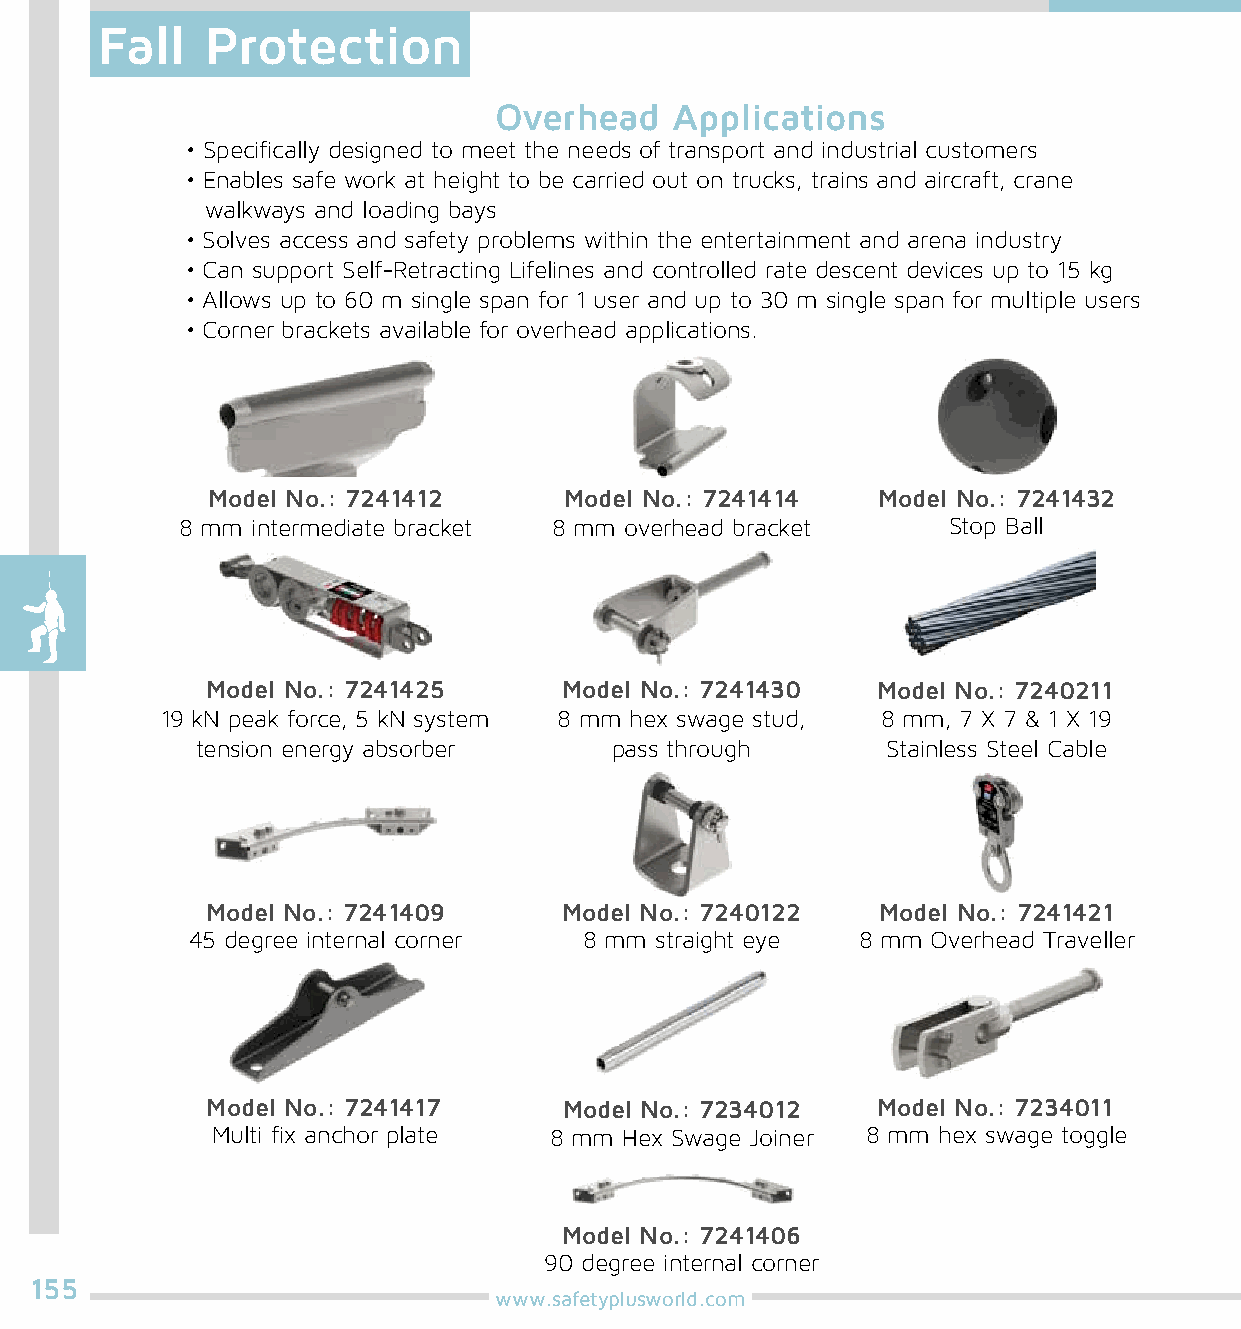
Fall    Protection
 Overhead    Applications
 • Specifically designed to meet the needs of transport and industrial customers
 • Enables safe work at height to be carried out on trucks, trains and aircraft, crane
 walkways and loading bays
 • Solves access and safety problems within the entertainment and arena industry
 • Can support Self-Retracting Lifelines and controlled rate descent devices up to 15 kg
 • Allows up to 60 m single span for 1 user and up to 30 m single span for multiple users
 • Corner brackets available for overhead applications.
 Model No.: 7241412     Model No.: 7241414   Model No.: 7241432
 8 mm intermediate bracket 8 mm overhead bracket    Stop Ball
 Model No.: 7241425     Model No.: 7241430   Model No.: 7240211
 19 kN peak force, 5 kN system 8 mm hex swage stud, 8 mm, 7 X 7 & 1 X 19
 tension energy absorber    pass through       Stainless Steel Cable
 Model No.: 7241409     Model No.: 7240122   Model No.: 7241421
 45 degree internal corner 8 mm straight eye 8 mm Overhead Traveller
 Model No.: 7241417     Model No.: 7234012   Model No.: 7234011
 Multi fix anchor plate 8 mm Hex Swage Joiner 8 mm hex swage toggle
 Model No.: 7241406
 90 degree internal corner
 155
 www.safetyplusworld.com